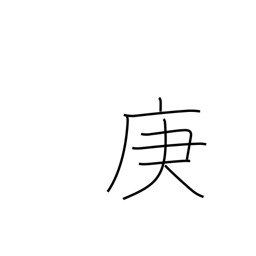
Meaning: 7th